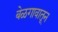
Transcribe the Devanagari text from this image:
बेळगावातून